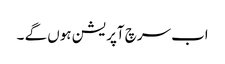
اب سرچ آپریشن ہوں گے ۔